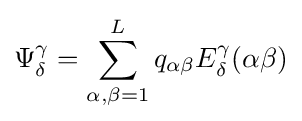
\Psi _{\delta }^{\gamma }=\sum \limits _{\alpha ,\beta =1}^{L}q_{\alpha \beta }E_{\delta }^{\gamma }(\alpha \beta )